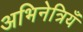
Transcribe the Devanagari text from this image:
अभिनेत्रियँ